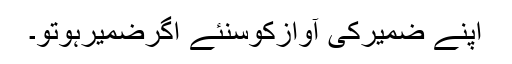
اپنے ضمیرکی آوازکوسنئے اگرضمیرہوتو۔